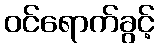
ဝင်ရောက်ခွင့်